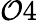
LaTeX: \mathcal{O}4